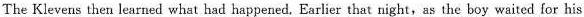
The Klevens then learned what had happened, Earlier that night,as the boy waited for his